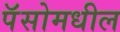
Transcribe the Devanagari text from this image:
पॅसोमधील